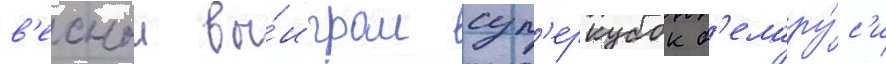
в'еснои вы́играл суп'еркубок б'елару́с'и